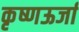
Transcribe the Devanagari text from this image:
कृष्णऊर्जा